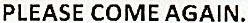
PLEASE COME AGAIN.